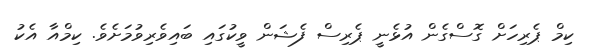
ކިމް ޕެރިހަށް ގޮސްގެން އުޅެނީ ޕެރިސް ފެޝަން ވީކުގައި ބައިވެރިވުމަށެވެ. ކިމްއާ އެކު